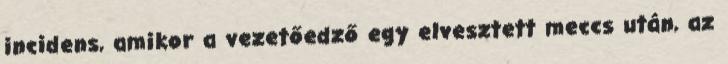
incidens, amikor a vezetőedző egy elvesztett meccs után, az